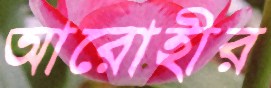
আরোহীর